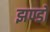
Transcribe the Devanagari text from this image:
झण्डो